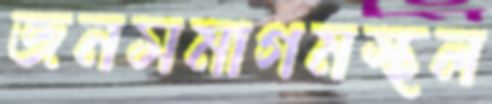
জনসমাগমস্থল